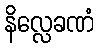
နိလ္လေခဏံ